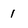
Character: 1